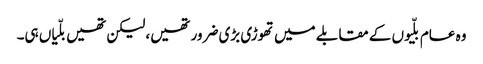
وہ عام بلّیوں کے مقابلے میں تھوڑی بڑی ضرور تھیں، لیکن تھیں بلّیاں ہی۔